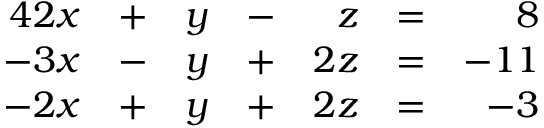
{ \begin{array} { r l r l r l r l } { { 4 } 2 x } & { + } & { y } & { - } & { z } & { = } & { 8 } & { } \\ { - 3 x } & { - } & { y } & { + } & { 2 z } & { = } & { - 1 1 } & { } \\ { - 2 x } & { + } & { y } & { + } & { 2 z } & { = } & { - 3 } & { } \end{array} }